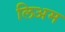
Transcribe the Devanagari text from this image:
लिअम